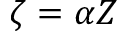
\zeta = \alpha Z